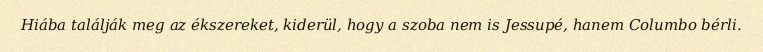
Hiába találják meg az ékszereket, kiderül, hogy a szoba nem is Jessupé, hanem Columbo bérli.